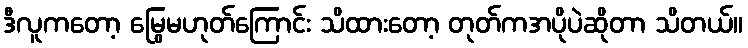
ဒီလူကတော့ မြွေမဟုတ်ကြောင်း သိထားတော့ တုတ်ကအပိုပဲဆိုတာ သိတယ်။